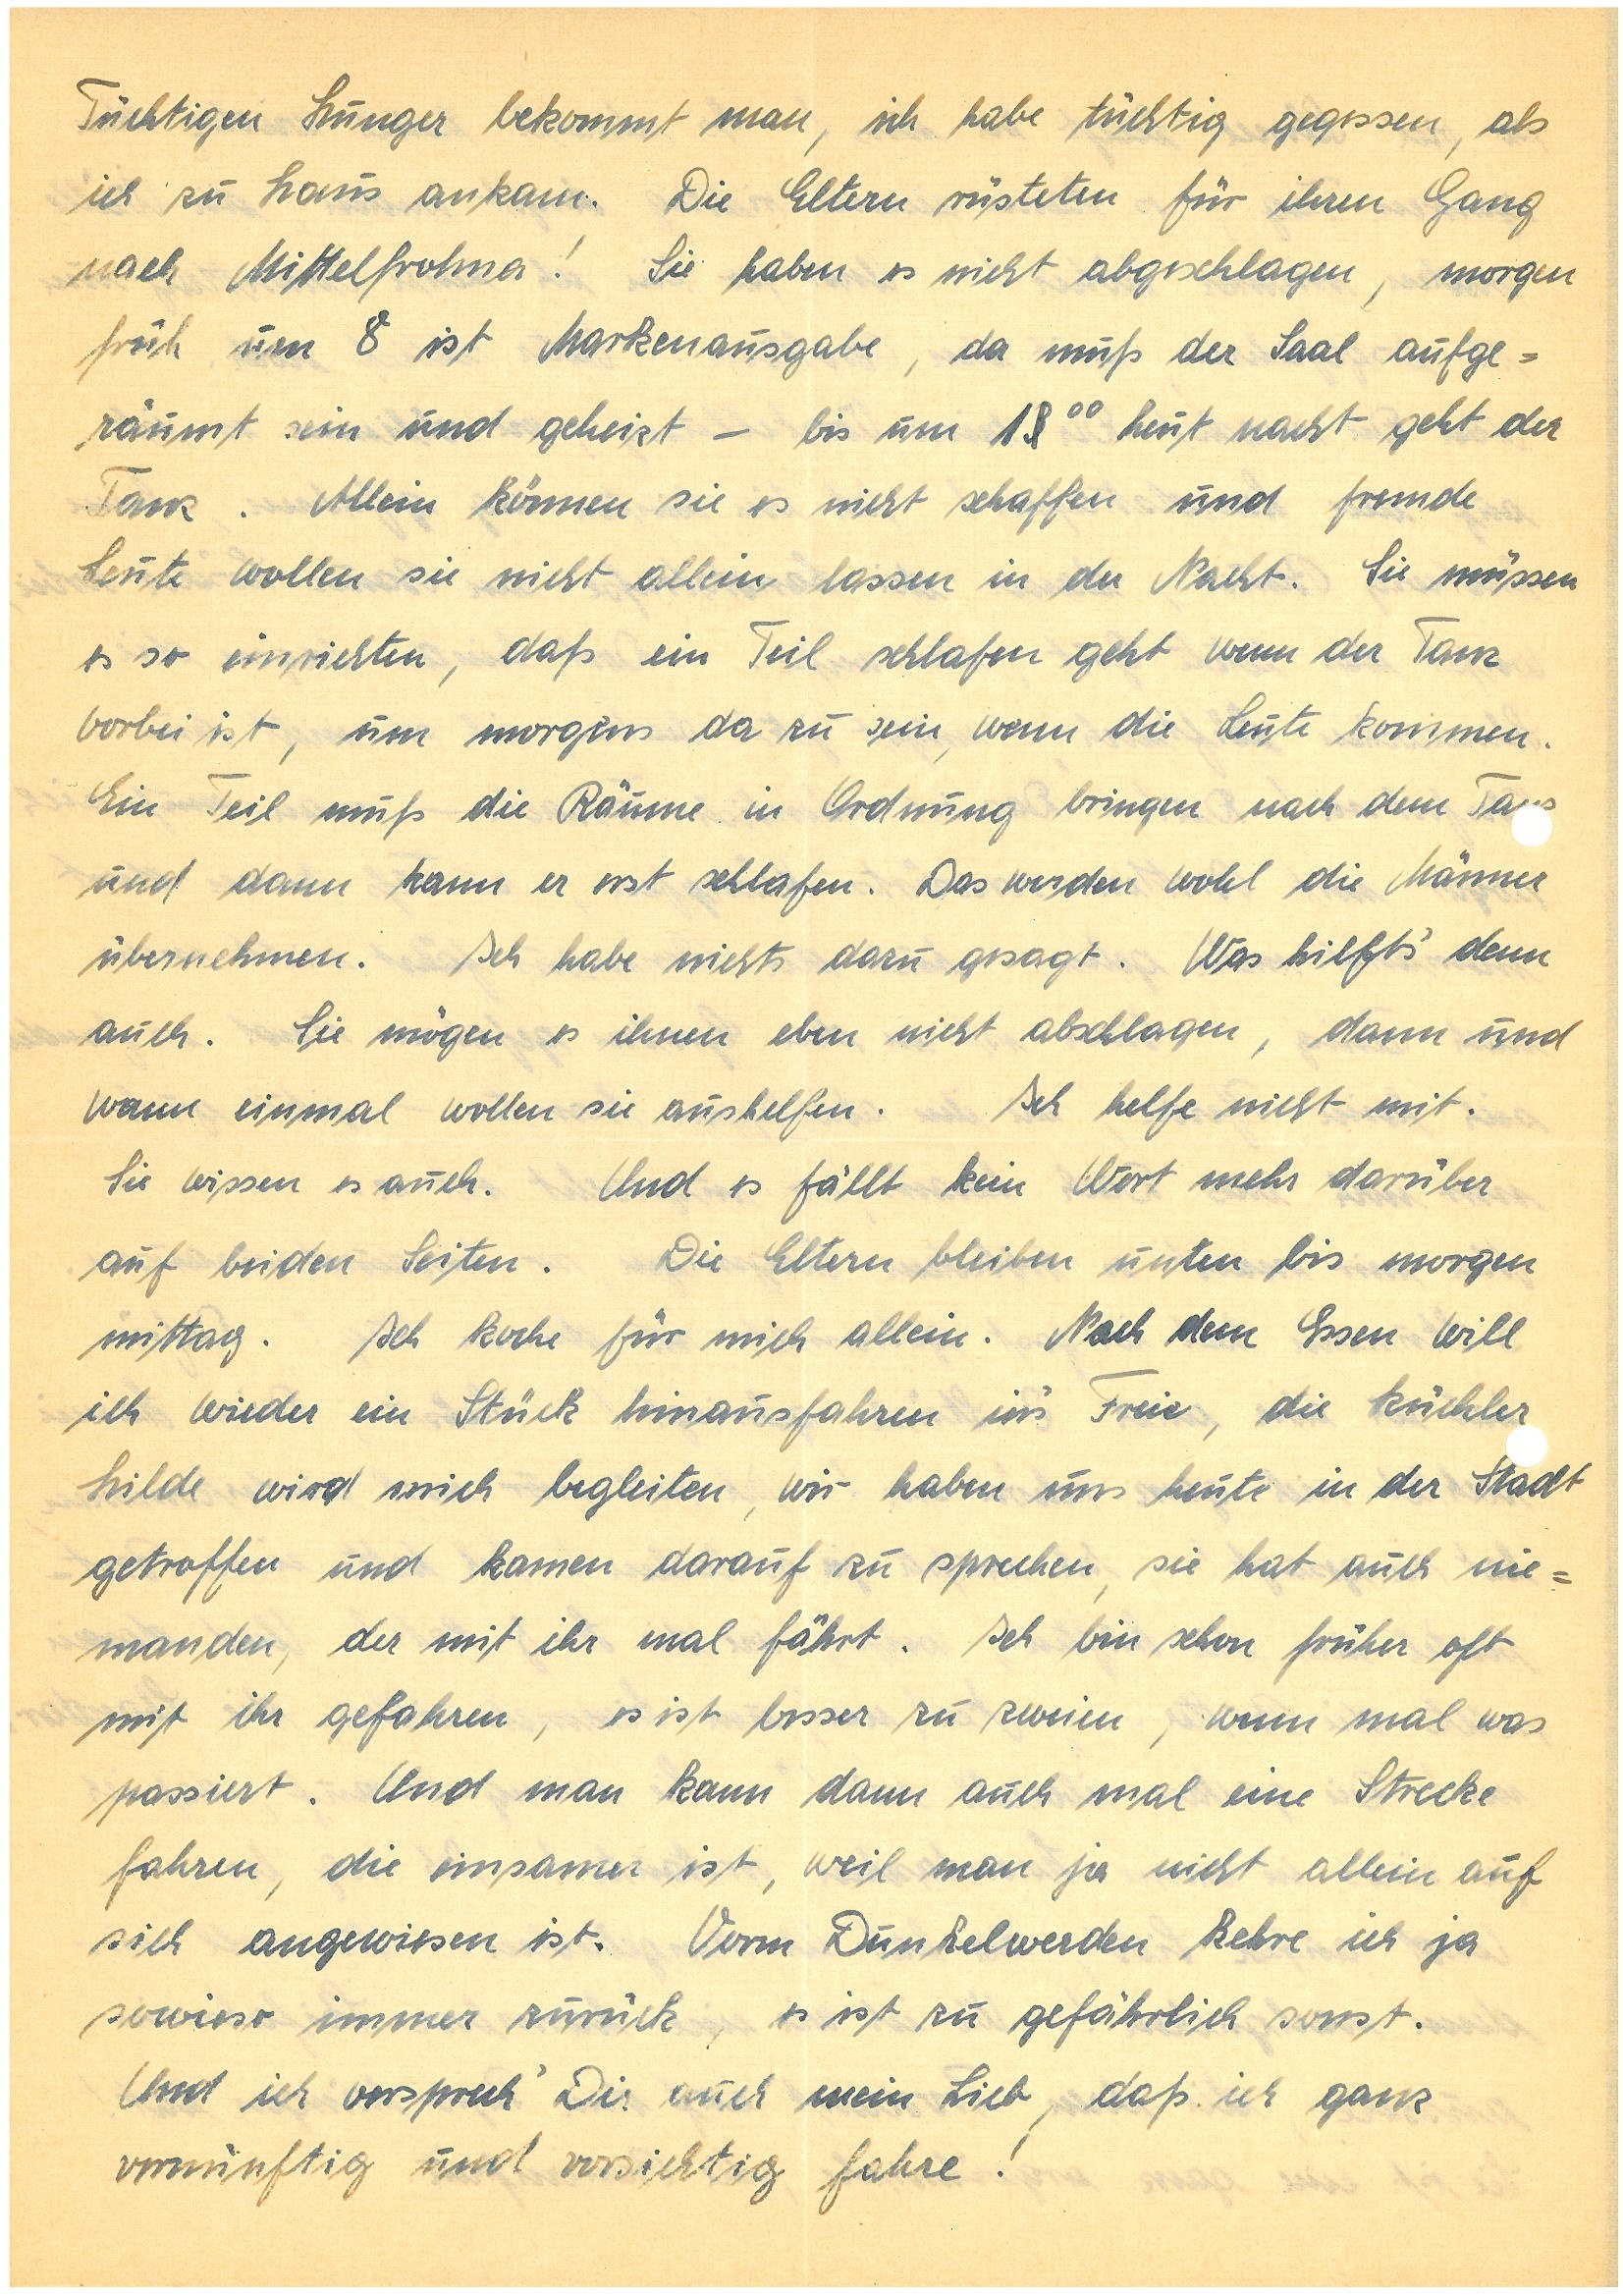
Tüchtigen Hunger bekommt man, ich habe tüchtig gegessen, als
ich zu Haus ankam. Die Eltern rüsteten für ihren Gang
nach M.! Sie haben es nicht abgeschlagen, morgen
früh um 8 ist Markenausgabe, da muß der Saal aufge¬
räumt sein und geheizt – bis um 13oo heut nacht geht der
Tanz. Allein können sie es nicht schaffen und fremde
Leute wollen sie nicht allein lassen in der Nacht. Sie müssen
es so einrichten, daß ein Teil schlafen geht wenn der Tanz
vorbei ist, um morgens da zu sein, wenn die Leute kommen.
Ein Teil muß die Räume in Ordnung bringen nach dem Ta
und dann kann er erst schlafen. Das werden wohl die Männer
übernehmen. Ich habe nichts dazu gesagt. Was hilft’s denn
auch. Sie mögen es ihnen eben nicht abschlagen, dann und
wann einmal wollen sie aushelfen. Ich helfe nicht mit.
Sie wissen es auch. Und es fällt kein Wort mehr darüber
auf beiden Seiten. Die Eltern bleiben unten bis morgen
mittag. Ich koche für mich allein. Nach dem Essen will
ich wieder ein Stück hinaus fahren in’s Freie, die K.er
Hilde wird mich begleiten, wir haben uns heute in der Stadt
getroffen und kamen darauf zu sprechen, sie hat auch nie¬
manden, der mit ihr mal fährt. Ich bin schon früher oft
mit ihr gefahren, es ist besser zu Zweien, wenn mal was
passiert. Und man kann dann auch mal eine Strecke
fahren, die einsamer ist, weil man ja nicht allein auf
sich angewiesen ist. Vorm Dunkelwerden kehre ich ja
sowieso immer zurück, es ist zu gefährlich sonst.
Und ich versprech’ Dir auch mein Lieb, daß ich ganz
vernünftig und vorsichtig fahre!